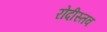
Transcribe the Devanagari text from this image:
रोदीस्तव